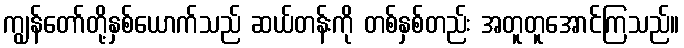
ကျွန်တော်တို့နှစ်ယောက်သည် ဆယ်တန်းကို တစ်နှစ်တည်း အတူတူအောင်ကြသည်။